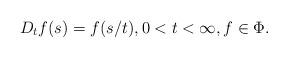
LaTeX: \begin{align*}D_tf(s)=f(s/t), 0<t<\infty, f\in \Phi .\end{align*}